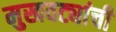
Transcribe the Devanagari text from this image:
मुखवट्यांची